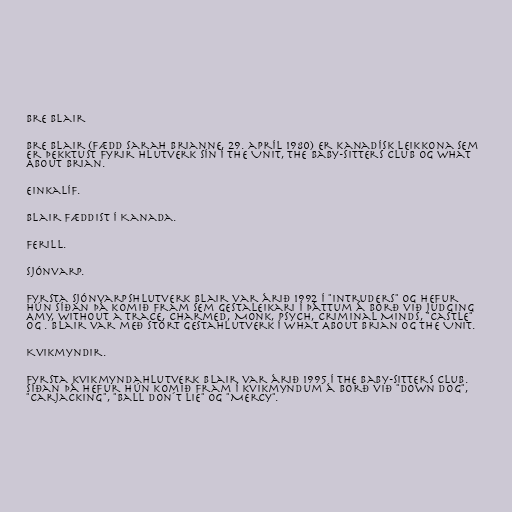
Bre Blair

Bre Blair (fædd Sarah Brianne, 29. apríl 1980) er kanadísk leikkona sem
er þekktust fyrir hlutverk sín í The Unit, The Baby-Sitters Club og What
About Brian.

Einkalíf.

Blair fæddist í Kanada.

Ferill.

Sjónvarp.

Fyrsta sjónvarpshlutverk Blair var árið 1992 í "Intruders" og hefur
hún síðan þá komið fram sem gestaleikari í þáttum á borð við Judging
Amy, Without a Trace, Charmed, Monk, Psych, Criminal Minds, "Castle"
og . Blair var með stórt gestahlutverk í What About Brian og The Unit.

Kvikmyndir.

Fyrsta kvikmyndahlutverk Blair var árið 1995 í The Baby-Sitters Club.
Síðan þá hefur hún komið fram í kvikmyndum á borð við "Down Dog",
"Carjacking", "Ball Don´t Lie" og "Mercy".